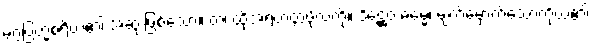
မဂ္ဂဗြဟ္မစရိယ၏ အဆုံးဖြစ်သော။ တံ၊ ထိုအရဟတ္တဖိုလ်ကို။ ဒိဋ္ဌေဝ ဓမ္မေ၊ မျက်မှောက်သောကိုယ်၏